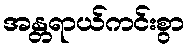
အန္တရာယ်ကင်းစွာ